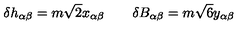
\delta h _ { \alpha \beta } = m \sqrt { 2 } x _ { \alpha \beta } \qquad \delta B _ { \alpha \beta } = m \sqrt { 6 } y _ { \alpha \beta }